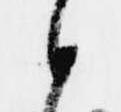
候